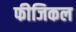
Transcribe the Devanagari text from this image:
फीजिकल